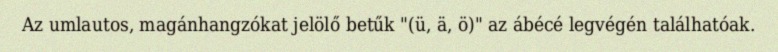
Az umlautos, magánhangzókat jelölő betűk "(ü, ä, ö)" az ábécé legvégén találhatóak.